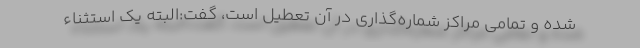
شده و تمامی مراکز شماره‌گذاری در آن تعطیل است، گفت:البته یک استثناء